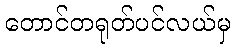
တောင်တရုတ်ပင်လယ်မှ